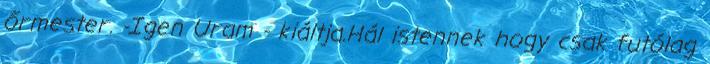
őrmester. -Igen Uram - kiáltja.Hál istennek hogy csak futólag